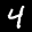
Label: 4